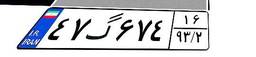
۱۷گ۴۰۶۹۰